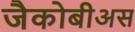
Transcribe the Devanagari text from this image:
जैकोबीअस